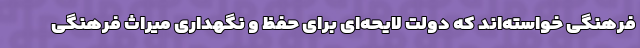
فرهنگی خواسته‌اند که دولت لایحه‌ای برای حفظ و نگهداری میراث فرهنگی